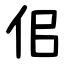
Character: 佀